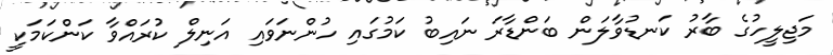
މަޖިލީހުގެ ބާރު ކަނޑުވާލަން ބަންޑާރަ ނައިބު ކަމުގައި ހުންނަވައި އަނިލް ކުރައްވާ ކަންކަމަކީ